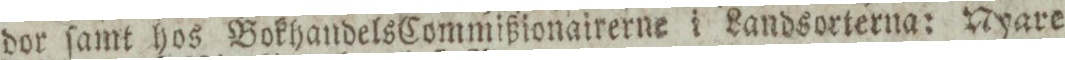
dor ſamt hos Bokhandels Commißionairerne i Landsorterna: Nyare